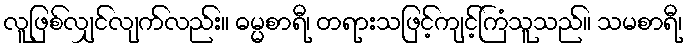
လူဖြစ်လျှင်လျက်လည်း။ ဓမ္မစာရီ၊ တရားသဖြင့်ကျင့်ကြံသူသည်။ သမစာရီ၊